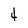
Character: 4